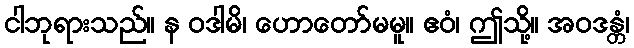
ငါဘုရားသည်။ န ဝဒါမိ၊ ဟောတော်မမူ။ ဧဝံ၊ ဤသို့။ အဝဒန္တံ၊